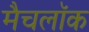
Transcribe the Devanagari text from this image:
मैचलॉक